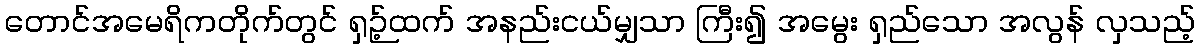
တောင်အမေရိကတိုက်တွင် ရှဉ့်ထက် အနည်းငယ်မျှသာ ကြီး၍ အမွေး ရှည်သော အလွန် လှသည့်